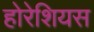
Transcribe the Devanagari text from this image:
होरेशियस